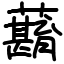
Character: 蘛